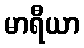
မာရီယာ